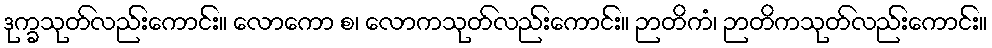
ဒုက္ခသုတ်လည်းကောင်း။ လောကော စ၊ လောကသုတ်လည်းကောင်း။ ဉာတိကံ၊ ဉာတိကသုတ်လည်းကောင်း။